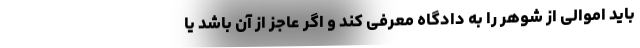
باید اموالی از شوهر را به دادگاه معرفی کند و اگر عاجز از آن باشد یا